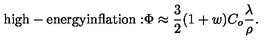
\mathrm { h i g h - e n e r g y i n f l a t i o n : } \Phi \approx { \frac { 3 } { 2 } } ( 1 + w ) C _ { o } { \frac { \lambda } { \rho } } .